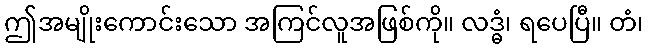
ဤအမျိုးကောင်းသော အကြင်လူအဖြစ်ကို။ လဒ္ဓံ၊ ရပေပြီ။ တံ၊